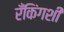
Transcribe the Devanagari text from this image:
रँकिंगशी